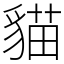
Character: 貓